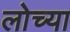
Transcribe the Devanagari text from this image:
लोच्या